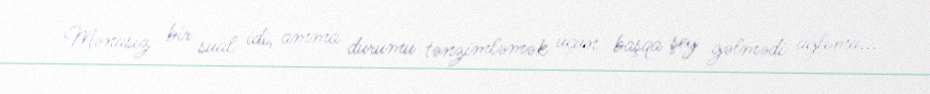
Mənasız bir sual idi, amma durumu tənzimləmək üçün başqa şey gəlmədi ağlıma...